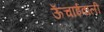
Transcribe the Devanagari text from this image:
ऊँचाईवाली